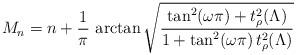
LaTeX: \begin{align*}M_n=n+\frac{1}{\pi}\,\arctan\sqrt{\frac{\tan^2(\omega\pi)+t_\rho^2(\Lambda)}{1+\tan^2(\omega\pi)\,t_\rho^2(\Lambda)}}\end{align*}